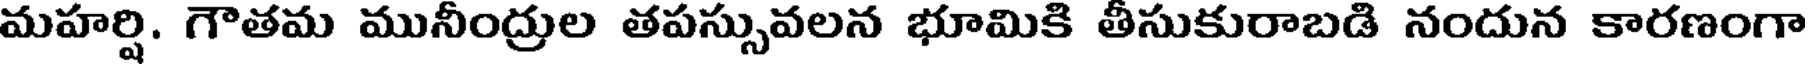
మహర్షి. గౌతమ మునీంద్రుల తపస్సువలన భూమికి తీసుకురాబడి నందున కారణంగా